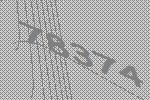
78374